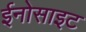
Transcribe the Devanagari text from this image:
ईनोसाइट